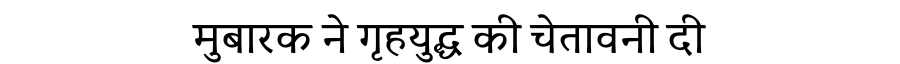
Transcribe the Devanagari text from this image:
मुबारक ने गृहयुद्ध की चेतावनी दी